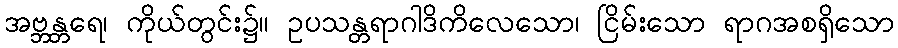
အဗ္ဘန္တရေ၊ ကိုယ်တွင်း၌။ ဥပသန္တရာဂါဒိကိလေသော၊ ငြိမ်းသော ရာဂအစရှိသော